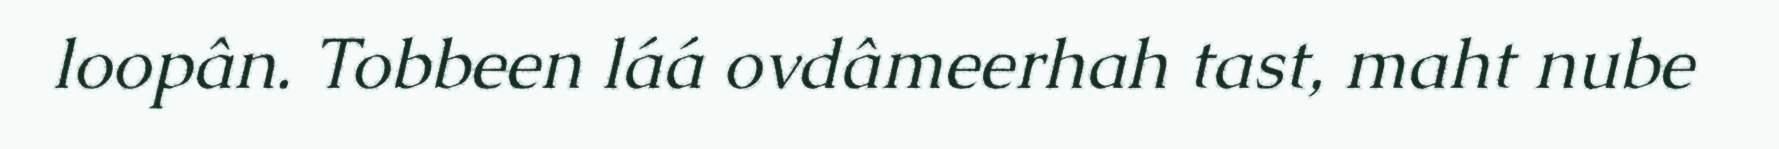
loopân. Tobbeen láá ovdâmeerhah tast, maht nube